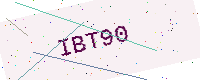
Text: IBT90